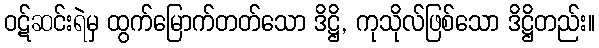
ဝဋ်ဆင်းရဲမှ ထွက်မြောက်တတ်သော ဒိဋ္ဌိ, ကုသိုလ်ဖြစ်သော ဒိဋ္ဌိတည်း။